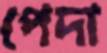
পেদা